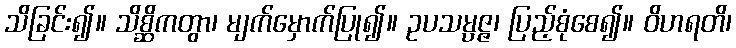
သိခြင်း၍။ သိစ္ဆိကတွာ၊ မျက်မှောက်ပြု၍။ ဥပသမ္ပဇ္ဇ၊ ပြည့်စုံစေ၍။ ဝိဟရတိ၊